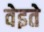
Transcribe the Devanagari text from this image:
वेइते